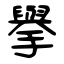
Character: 擧